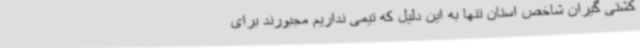
کشتی گیران شاخص استان تنها به این دلیل که تیمی نداریم مجبورند برای